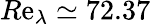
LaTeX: R\mathrm{e}_{\lambda}\simeq72.37